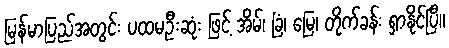
မြန်မာပြည်အတွင်း ပထမဦးဆုံး ဖြင့် အိမ်၊ ခြံ၊ မြေ၊ တိုက်ခန်း ရှာနိုင်ပြီ။